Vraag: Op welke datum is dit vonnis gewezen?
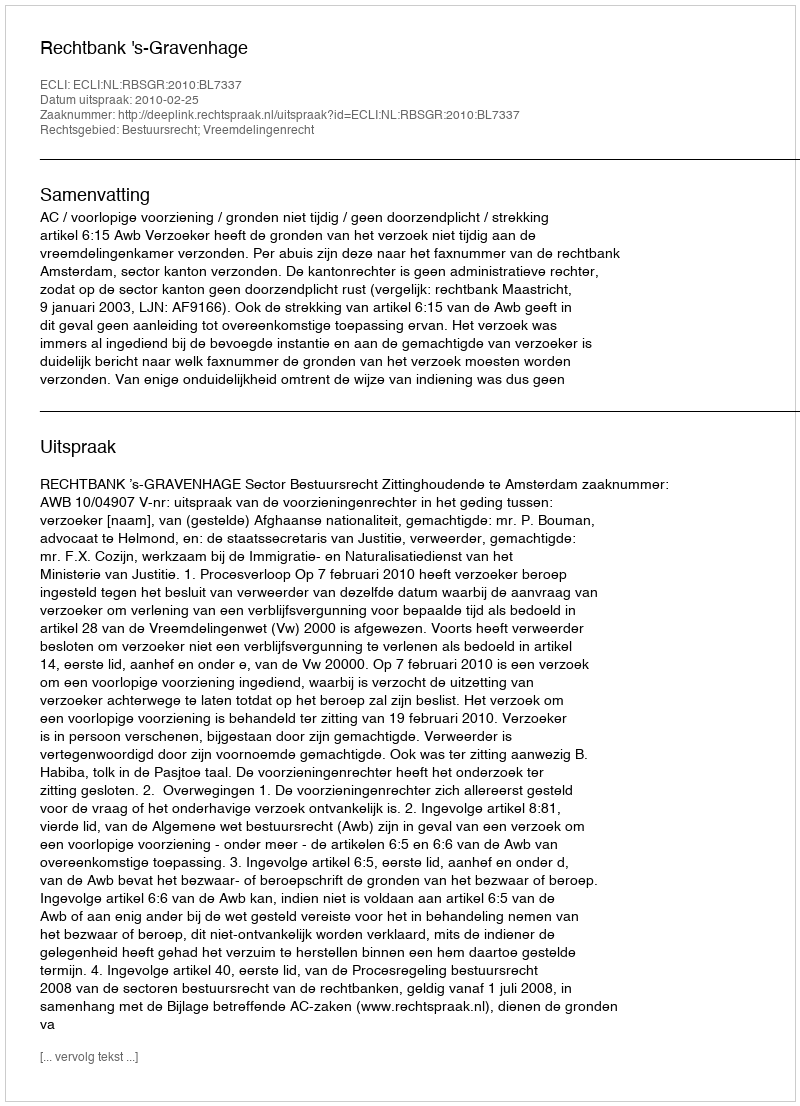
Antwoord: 2010-02-25